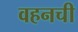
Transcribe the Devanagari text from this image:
वहनची